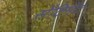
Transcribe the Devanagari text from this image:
सेंटिमेंट